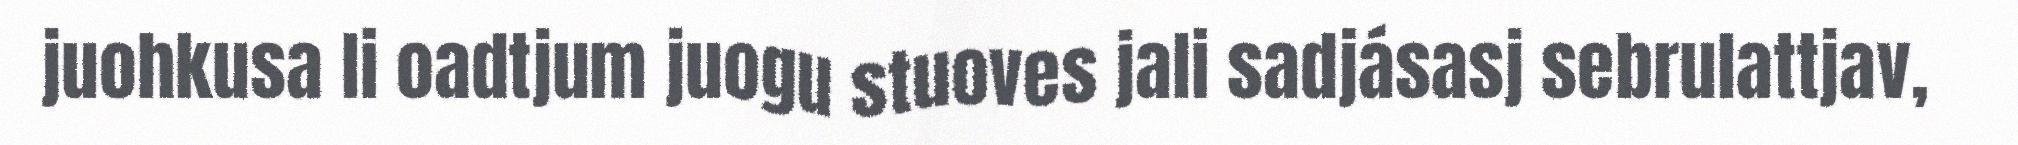
juohkusa li oadtjum juogu stuoves jali sadjásasj sebrulattjav,